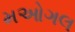
મઓગલ